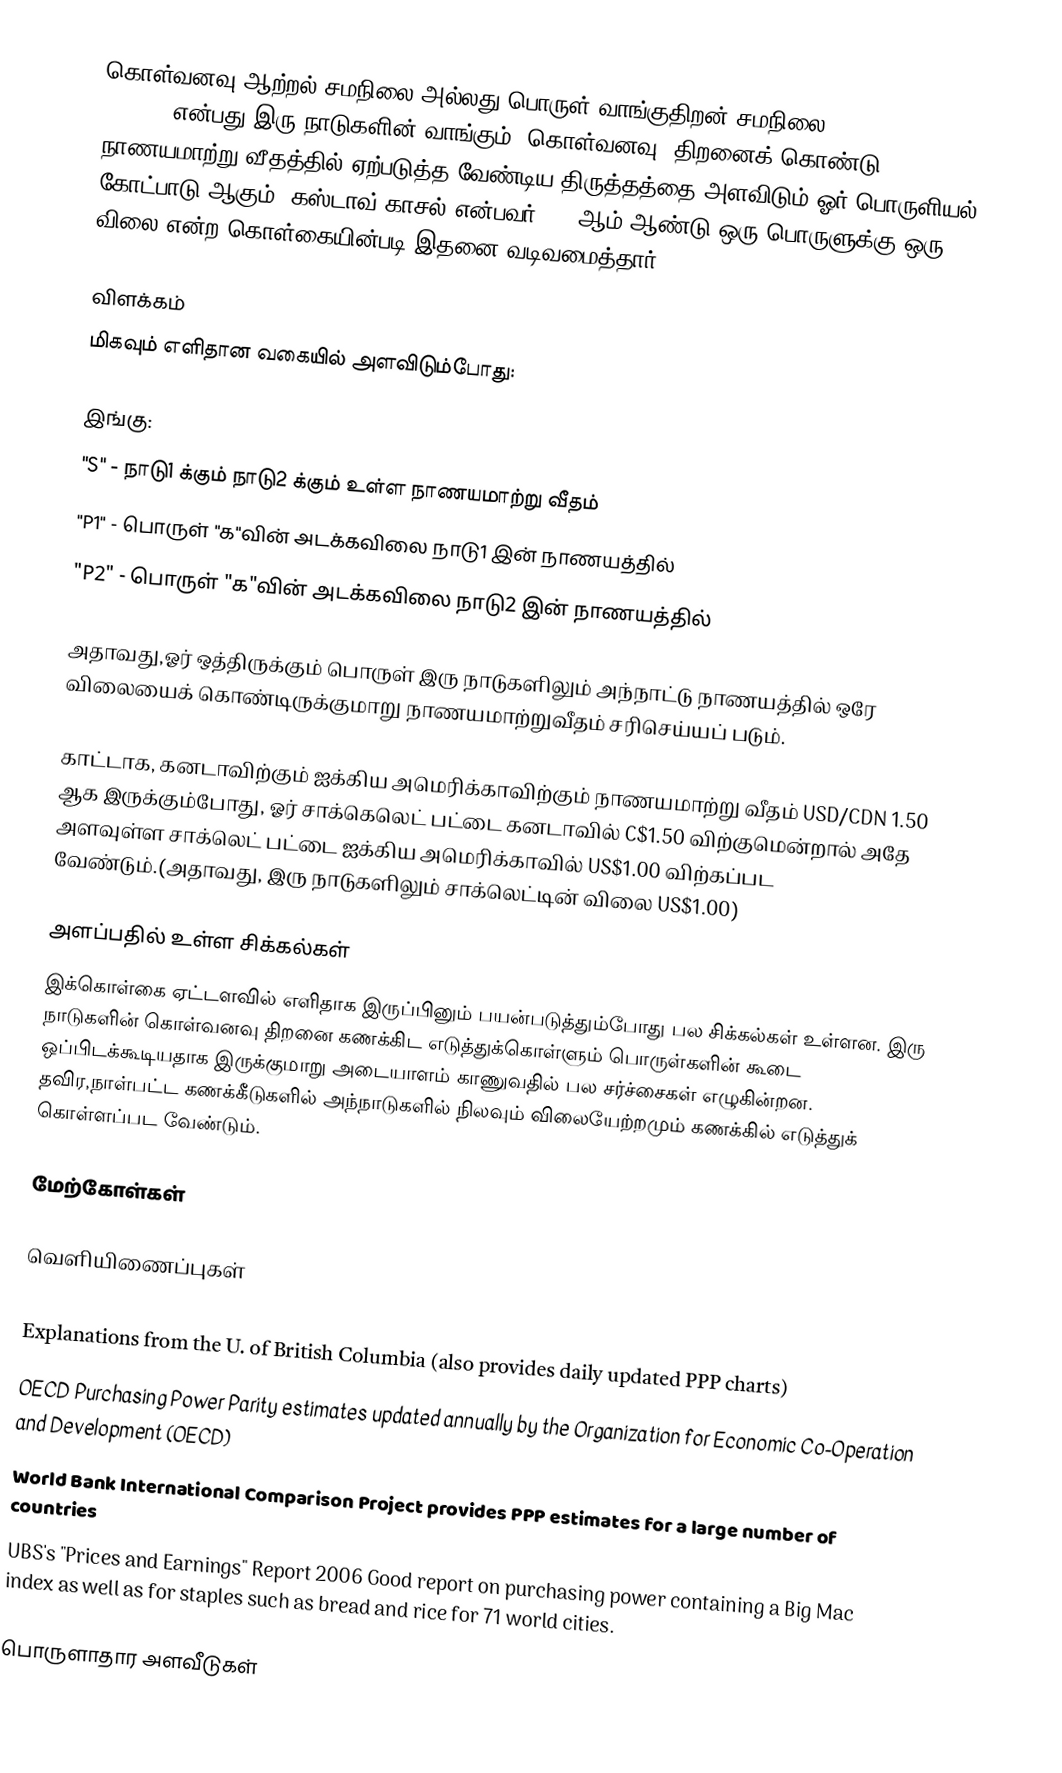
கொள்வனவு ஆற்றல் சமநிலை அல்லது பொருள் வாங்குதிறன் சமநிலை (purchasing power parity) என்பது இரு நாடுகளின் வாங்கும் (கொள்வனவு) திறனைக் கொண்டு நாணயமாற்று வீதத்தில் ஏற்படுத்த வேண்டிய திருத்தத்தை அளவிடும் ஓர் பொருளியல் கோட்பாடு ஆகும். கஸ்டாவ் காசல் என்பவர் 1918ஆம் ஆண்டு ஒரு பொருளுக்கு ஒரு விலை என்ற கொள்கையின்படி இதனை வடிவமைத்தார்.

விளக்கம்
மிகவும் எளிதான வகையில் அளவிடும்போது:

இங்கு:
"S" - நாடு1 க்கும் நாடு2 க்கும் உள்ள நாணயமாற்று வீதம்
"P1" - பொருள் "க"வின் அடக்கவிலை நாடு1 இன் நாணயத்தில்
"P2" - பொருள் "க"வின் அடக்கவிலை நாடு2 இன் நாணயத்தில்

அதாவது,ஓர் ஒத்திருக்கும் பொருள் இரு நாடுகளிலும் அந்நாட்டு நாணயத்தில் ஒரே விலையைக் கொண்டிருக்குமாறு நாணயமாற்றுவீதம் சரிசெய்யப் படும்.

காட்டாக, கனடாவிற்கும் ஐக்கிய அமெரிக்காவிற்கும் நாணயமாற்று வீதம் USD/CDN 1.50 ஆக இருக்கும்போது, ஓர் சாக்கெலெட் பட்டை கனடாவில் C$1.50 விற்குமென்றால் அதே அளவுள்ள சாக்லெட் பட்டை ஐக்கிய அமெரிக்காவில் US$1.00 விற்கப்பட வேண்டும்.(அதாவது, இரு நாடுகளிலும் சாக்லெட்டின் விலை US$1.00)

அளப்பதில் உள்ள சிக்கல்கள்
இக்கொள்கை ஏட்டளவில் எளிதாக இருப்பினும் பயன்படுத்தும்போது பல சிக்கல்கள் உள்ளன. இரு நாடுகளின் கொள்வனவு திறனை கணக்கிட எடுத்துக்கொள்ளும் பொருள்களின் கூடை ஒப்பிடக்கூடியதாக இருக்குமாறு அடையாளம் காணுவதில் பல சர்ச்சைகள் எழுகின்றன. தவிர,நாள்பட்ட கணக்கீடுகளில் அந்நாடுகளில் நிலவும் விலையேற்றமும் கணக்கில் எடுத்துக் கொள்ளப்பட வேண்டும்.

மேற்கோள்கள்

வெளியிணைப்புகள்
 Penn World Table
 Explanations from the U. of British Columbia (also provides daily updated PPP charts)
 OECD Purchasing Power Parity estimates  updated annually by the Organization for Economic Co-Operation and Development (OECD)
 World Bank International Comparison Project provides PPP estimates for a large number of countries
 UBS's "Prices and Earnings" Report 2006 Good report on purchasing power containing a Big Mac index as well as for staples such as bread and rice for 71 world cities.

பொருளாதார அளவீடுகள்